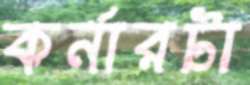
কর্নারটা